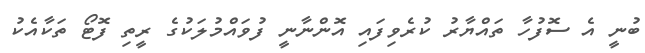
ބުނީ އެ ސޮފުހާ ތައްޔާރު ކުރެވިފައި އޮންނާނީ ފުވައްމުލަކުގެ ރީތި ފޮޓޯ ތަކާއެކު